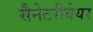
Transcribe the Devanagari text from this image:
सैनेटरीवेयर